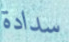
سدادة